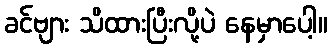
ခင်ဗျား သိထားပြီးလို့ပဲ နေမှာပေါ့။